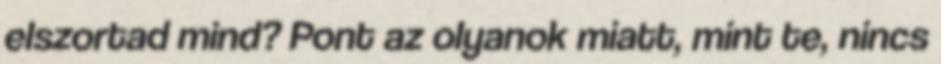
elszortad mind? Pont az olyanok miatt, mint te, nincs